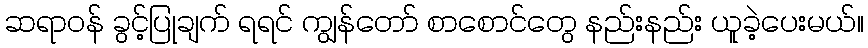
ဆရာဝန် ခွင့်ပြုချက် ရရင် ကျွန်တော် စာစောင်တွေ နည်းနည်း ယူခဲ့ပေးမယ်။